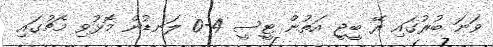
ވަނަ ބުރުގައި ރޭ ބީޖީ އަތުން ޓީސީ 4-0 ލަނޑުން މޮޅުވި މެޗުގައި